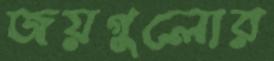
জয়গুলোর